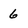
Character: 6